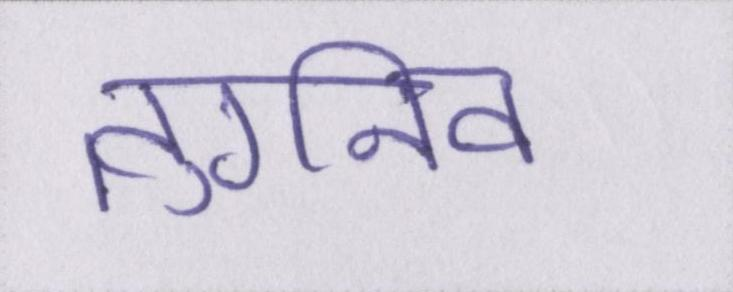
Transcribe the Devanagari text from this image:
तुर्गनेव